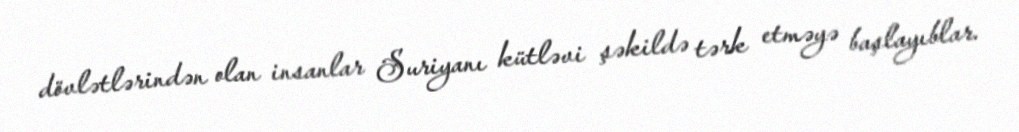
dövlətlərindən olan insanlar Suriyanı kütləvi şəkildə tərk etməyə başlayıblar.